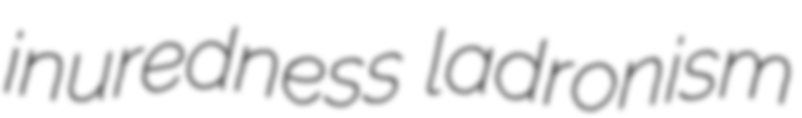
inuredness ladronism